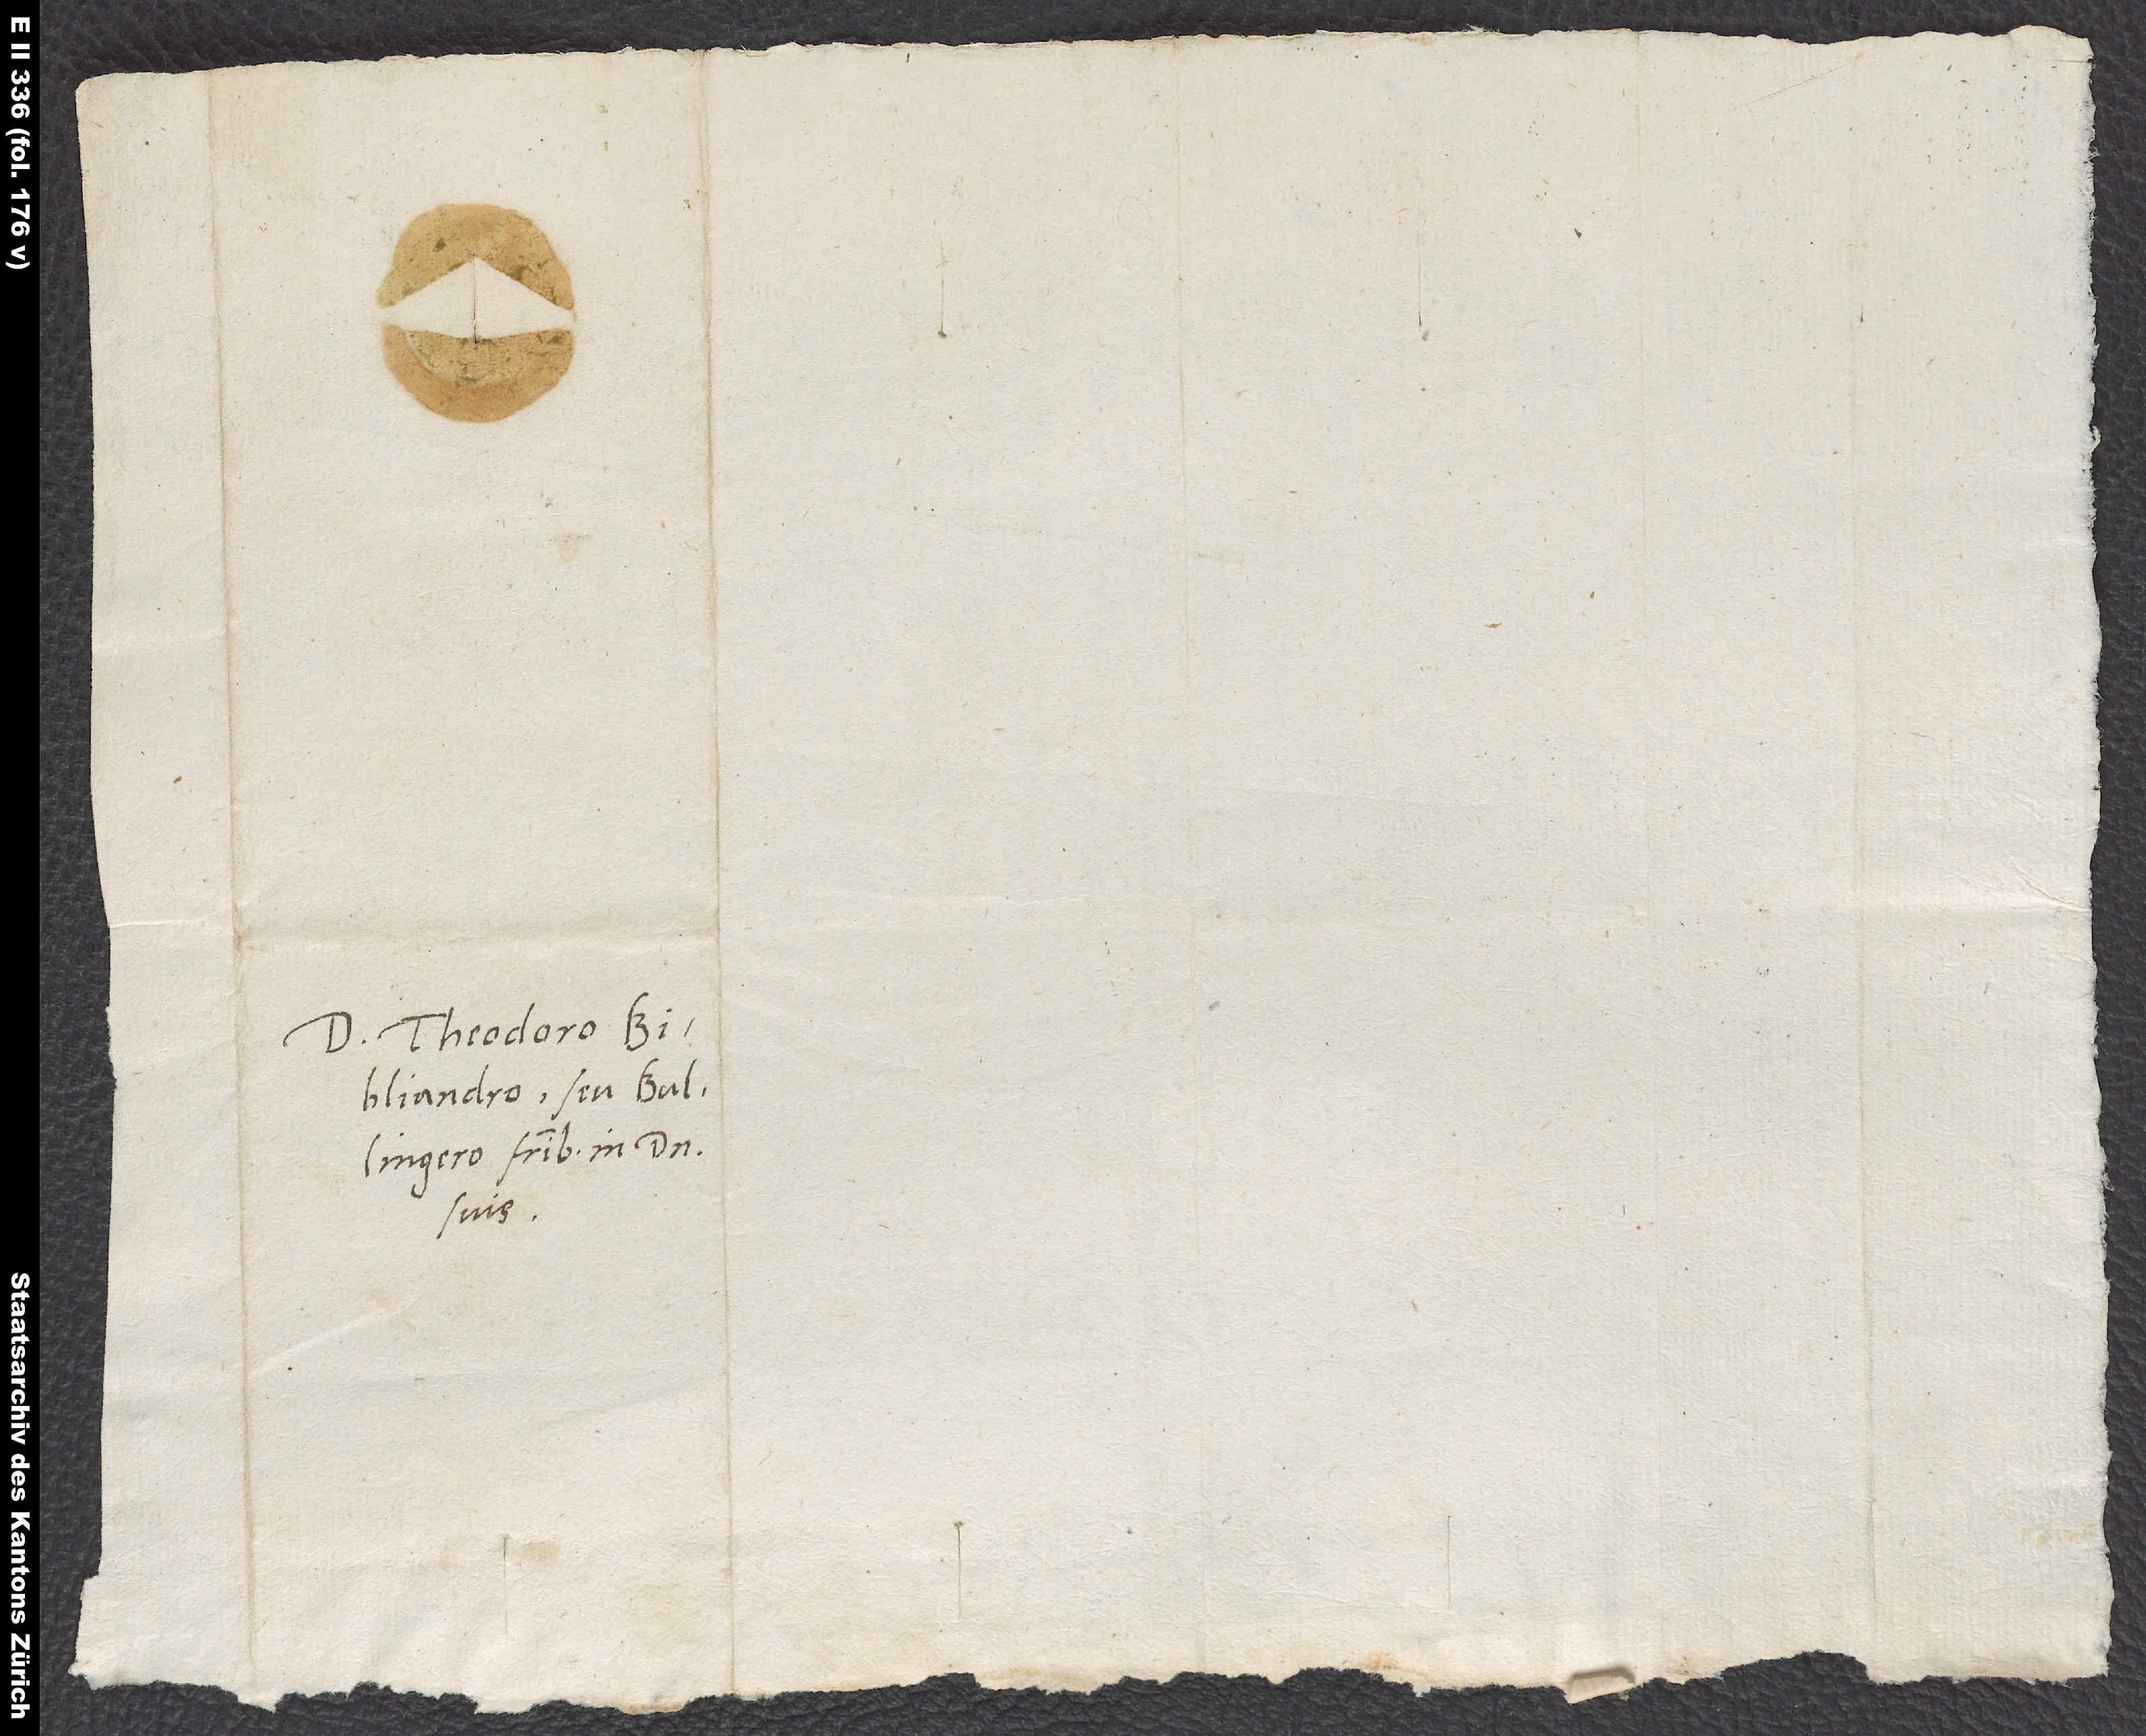
D Theodoro
Bibliandro seu Bullingero,
suis.